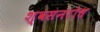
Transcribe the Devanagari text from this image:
श्वसनरोध